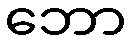
ဘော